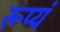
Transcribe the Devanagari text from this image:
रूप्यं